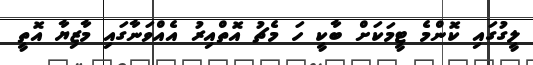
ލީގުގައި ކޮންމެ ޓީމަކަށް ބާކީ ހަ މެޗު އޮތްއިރު އެއްވަނާގައި މާޒިޔާ އޮތީ